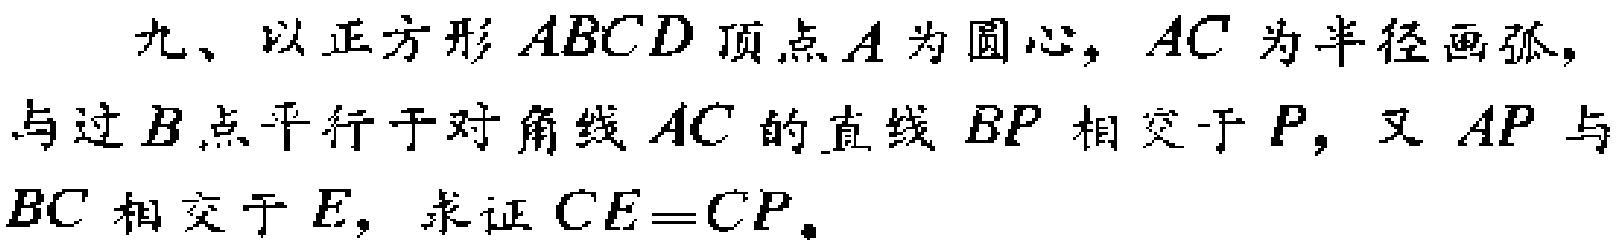
九、以正方形 \(ABCD\) 顶点 \(A\) 为圆心，\(AC\) 为半径画弧，与过 \(B\) 点平行于对角线 \(AC\) 的直线 \(BP\) 相交于 \(P\)，又 \(AP\) 与 \(BC\) 相交于 \(E\)，求证 \(CE = CP\)。